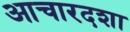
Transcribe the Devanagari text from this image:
आचारदशा